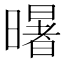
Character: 龧